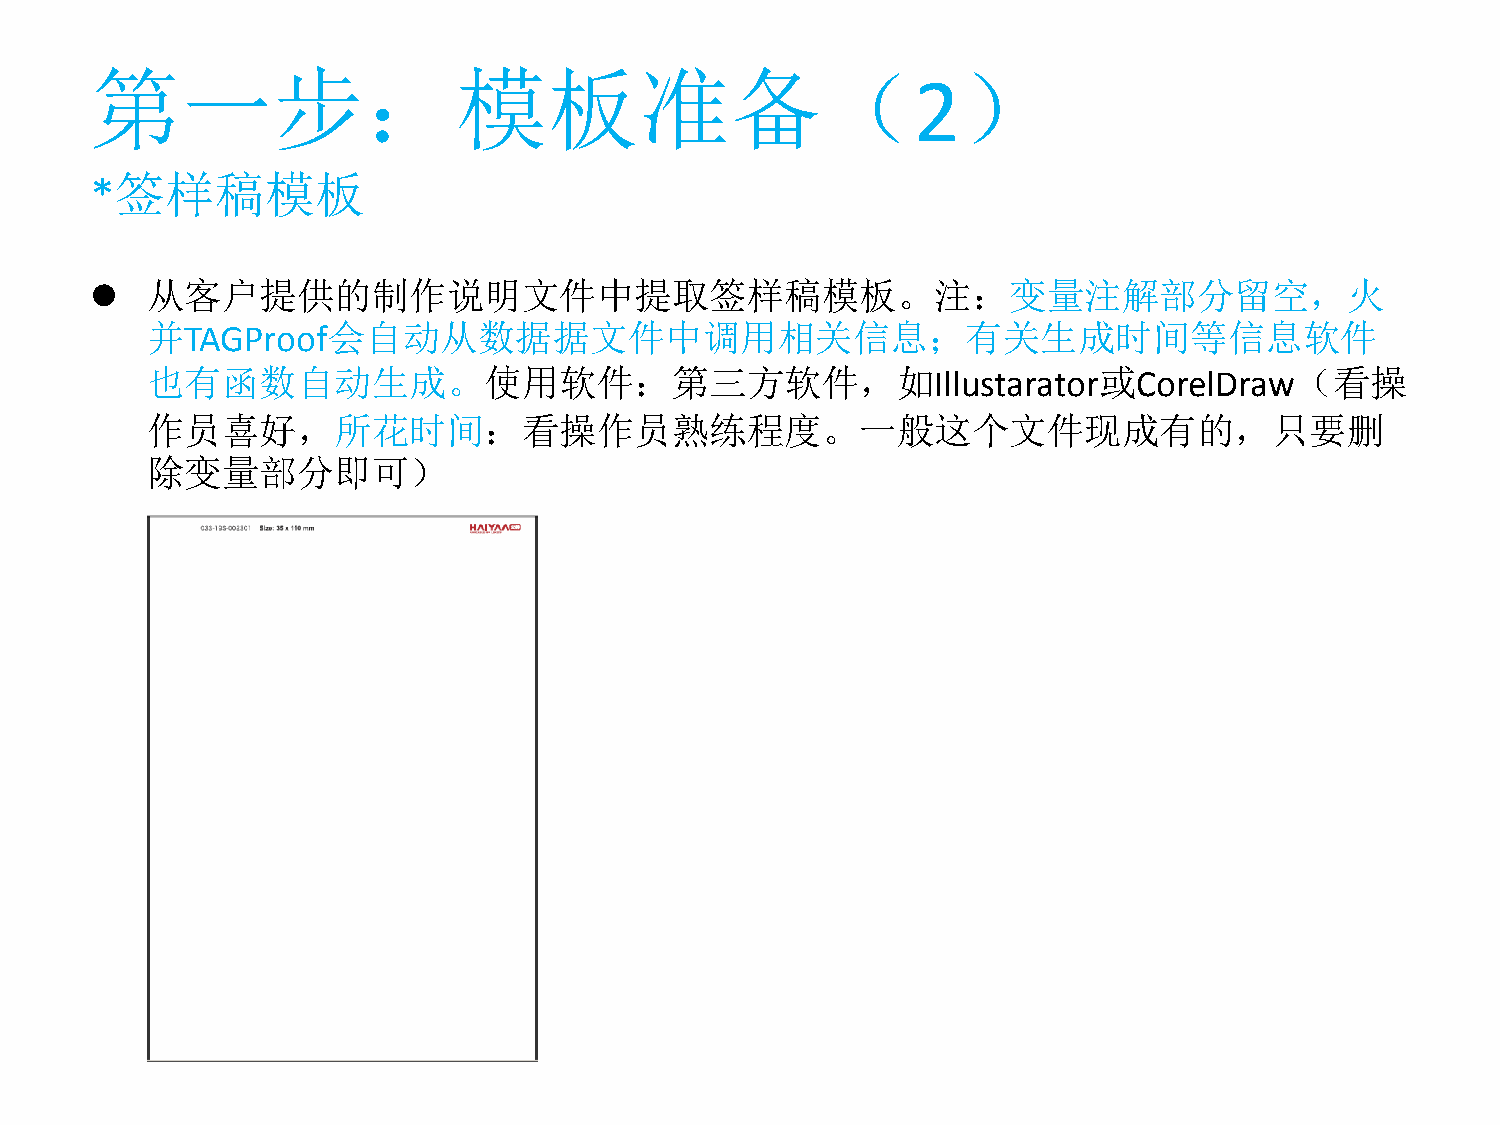
第一步：模板准备（                                                 ）
 2
 *签样稿模板
    从客户提供的制作说明文件中提取签样稿模板。注：变量注解部分留空，火
 并TAGProof会自动从数据据文件中调用相关信息；有关生成时间等信息软件
 也有函数自动生成。使用软件：第三方软件，如Illustarator或CorelDraw（看操
 作员喜好，所花时间：看操作员熟练程度。一般这个文件现成有的，只要删
 除变量部分即可）